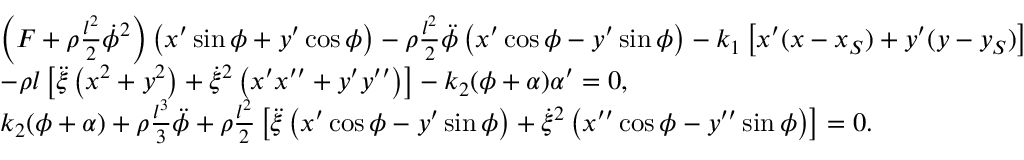
\begin{array} { r l } & { \left( F + \rho \frac { l ^ { 2 } } { 2 } \dot { \phi } ^ { 2 } \right) \left( x ^ { \prime } \sin \phi + y ^ { \prime } \cos \phi \right) - \rho \frac { l ^ { 2 } } { 2 } \ddot { \phi } \left( x ^ { \prime } \cos \phi - y ^ { \prime } \sin \phi \right) - k _ { 1 } \left[ x ^ { \prime } ( x - x _ { S } ) + y ^ { \prime } ( y - y _ { S } ) \right] } \\ & { - \rho l \left[ \ddot { \xi } \left( x ^ { 2 } + y ^ { 2 } \right) + \dot { \xi } ^ { 2 } \left( x ^ { \prime } x ^ { \prime \prime } + y ^ { \prime } y ^ { \prime \prime } \right) \right] - k _ { 2 } ( \phi + \alpha ) \alpha ^ { \prime } = 0 , } \\ & { k _ { 2 } ( \phi + \alpha ) + \rho \frac { l ^ { 3 } } { 3 } \ddot { \phi } + \rho \frac { l ^ { 2 } } { 2 } \left[ \ddot { \xi } \left( x ^ { \prime } \cos \phi - y ^ { \prime } \sin \phi \right) + \dot { \xi } ^ { 2 } \left( x ^ { \prime \prime } \cos \phi - y ^ { \prime \prime } \sin \phi \right) \right] = 0 . } \end{array}